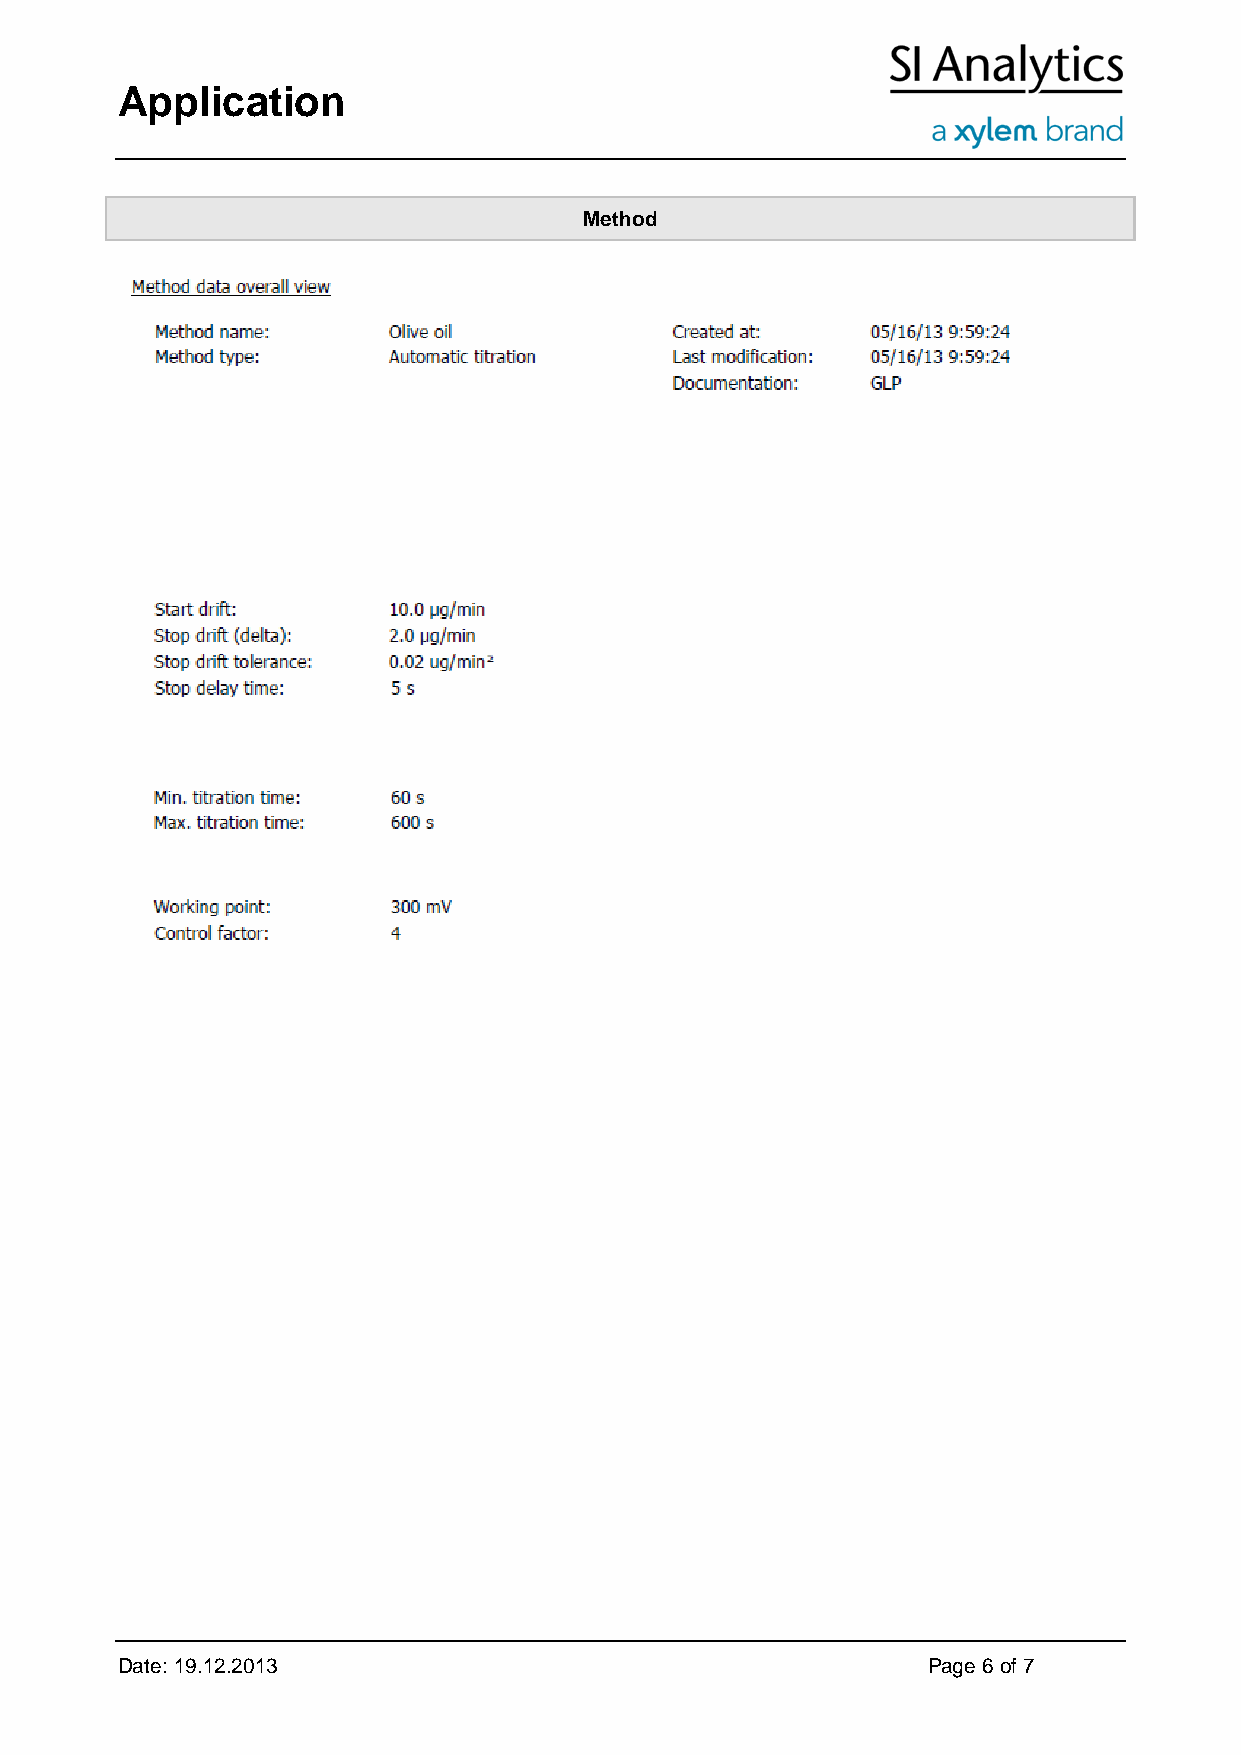
Application
 Method
 Date: 19.12.2013                                     Page 6 of 7